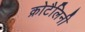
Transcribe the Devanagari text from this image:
क्रोटैलिनी